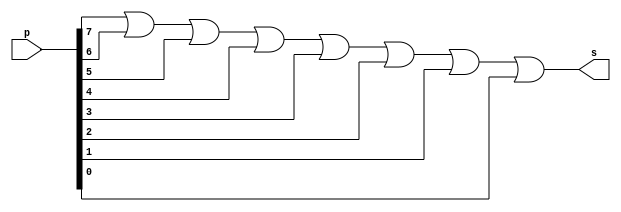
// Exercicio0012
// Nome: tila Martins Silva Jnior

// -- OR gate
module orgate ( output s,
input[7:0] p);
assign s = (p[7] | p[6] | p[5] | p[4] | p[3] | p[2] | p[1] | p[0]);
endmodule // orgate

// -- test or gate
module testorgate;

// -- dados locais
reg[7:0] a; // definir registradores
wire s; // definir conexao (fio)

// -- instancia
orgate OR1 (s, a);

// -- preparacao
initial begin:start
// atribuicao simultanea
// dos valores iniciais
a=8'b00000000;
end

// --- parte principal
initial begin
$display("Exercicio0010 - tila Martins - 449014");
$display("Test OR gate");
$monitor("%b = %b", a, s);
#1 a=8'b10110110;
#1 a=8'b11111111;
end
endmodule // testorgate